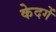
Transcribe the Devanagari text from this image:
केदगें